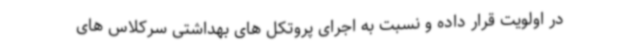
در اولویت قرار داده و نسبت به اجرای پروتکل های بهداشتی سرکلاس های